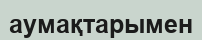
аумақтарымен